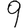
Digit: 9